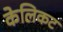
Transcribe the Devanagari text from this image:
केलिकट